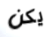
يكن